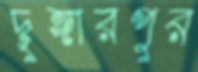
দুঙ্গারপুর